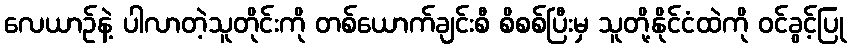
လေယာဉ်နဲ့ ပါလာတဲ့သူတိုင်းကို တစ်ယောက်ချင်းစီ စိစစ်ပြီးမှ သူတို့နိုင်ငံထဲကို ဝင်ခွင့်ပြု